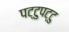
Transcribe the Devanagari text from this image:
पट्टुपट्टु